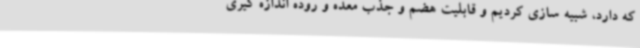
که دارد، شبیه سازی کردیم و قابلیت هضم و جذب معده و روده اندازه گیری